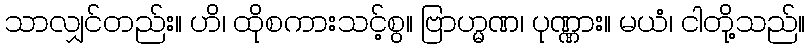
သာလျှင်တည်း။ ဟိ၊ ထိုစကားသင့်စွ။ ဗြာဟ္မဏ၊ ပုဏ္ဏား။ မယံ၊ ငါတို့သည်။